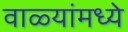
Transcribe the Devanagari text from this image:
वाळ्यांमध्ये